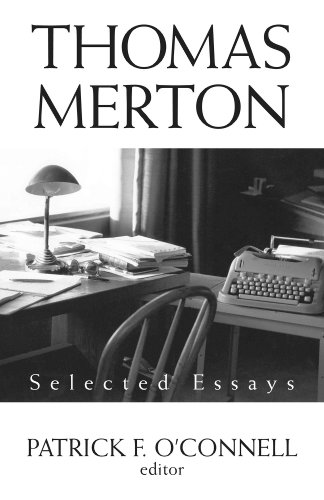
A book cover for Thomas Merton: Selected Essays; Law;